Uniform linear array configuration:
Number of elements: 32
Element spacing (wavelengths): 0.5
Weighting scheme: uniform
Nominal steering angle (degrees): -30
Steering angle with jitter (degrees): -30.872
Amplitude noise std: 0.05
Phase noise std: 0.05

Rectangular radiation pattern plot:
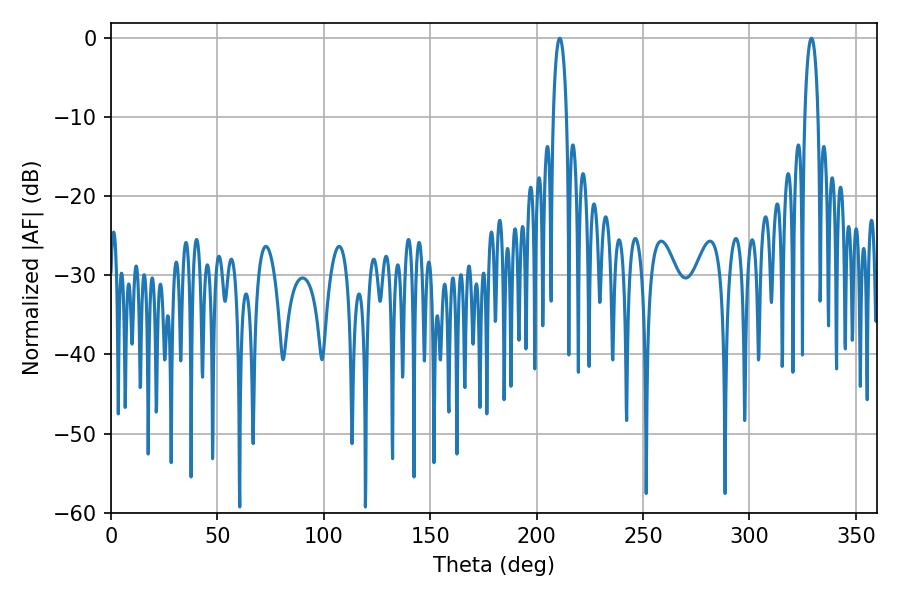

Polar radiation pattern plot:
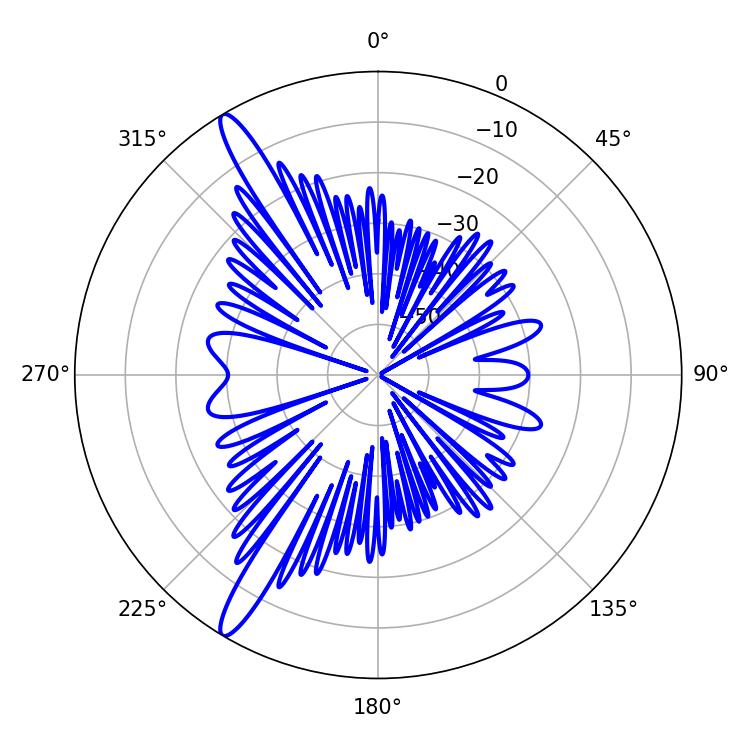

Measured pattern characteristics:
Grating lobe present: FALSE
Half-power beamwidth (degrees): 3.42
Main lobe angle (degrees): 210.78